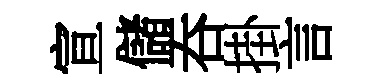
宣儲吞掛言